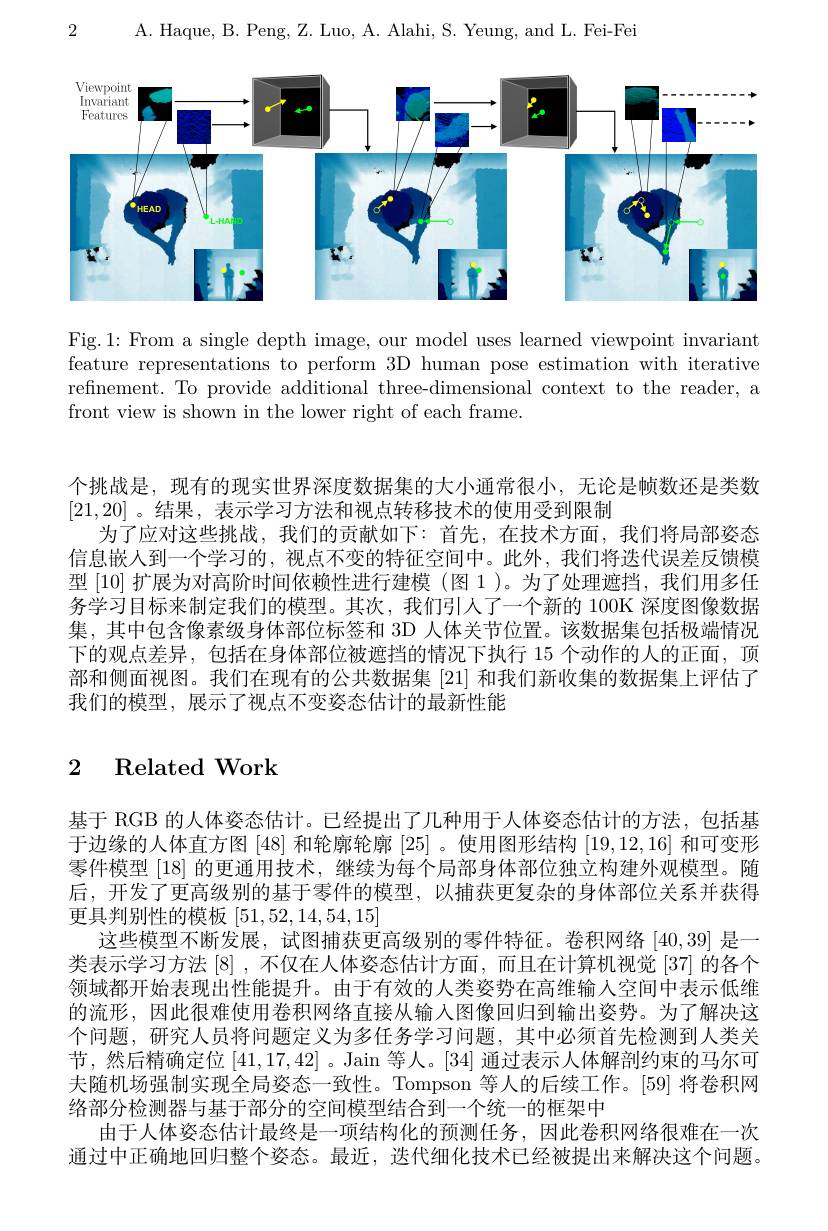
2 A. Haque, B. Peng, Z. Luo. A. Alahi. S. Yeung, and L. Fei-Fe

<FigureHere>

Fig.1: From a single depth image, our model uses learned viewpoint invariant feature representations to perform 3D human pose estimation with iterative refinement. To provide additional three-dimensional context to the reader, a front view is shown in the lower right of each frame.

个挑战是，现有的现实世界深度数据集的大小通常很小，无论是帧数还是类数
[21,20] 。结果 ,表示学习方法和视点转移技术的使用受到限制
为了应对这些挑战，我们的贡献如下：首先，在技术方面，我们将局部姿态信息嵌人到一个学习的，视点不变的特征空间中。此外，我们将迭代误差反馈模型[10]扩展为对高阶时间依赖性进行建模 (图 1)。为了处理遮挡，我们用多任务学习目标来制定我们的模型。其次，我们引人了一个新的 100K 深度图像数据集，其中包含像素级身体部位标签和 3D 人体关节位置。该数据集包括极端情况下的观点差异，包括在身体部位被遮挡的情况下执行 15 个动作的人的正面，顶部和侧面视图。我们在现有的公共数据集[21] 和我们新收集的数据集上评估了我们的模型，展示了视点不变姿态估计的最新性能

## 2 Related Work

基于 RGB 的人体姿态估计。已经提出了几种用于人体姿态估计的方法，包括基于边缘的人体直方图 [48] 和轮廓轮廓 [25] 。使用图形结构 [19,12,16] 和可变形零件模型 [18] 的更通用技术，继续为每个局部身体部位独立构建外观模型。随后，开发了更高级别的基于零件的模型，以捕获更复杂的身体部位关系并获得更具判别性的模板[51,52,14,54,15]
这些模型不断发展，试图捕获更高级别的零件特征。卷积网络[40,39] 是一类表示学习方法[8] ,不仅在人体姿态估计方面，而且在计算机视觉 [37] 的各个领域都开始表现出性能提升。由于有效的人类姿势在高维输入空间中表示低维的流形，因此很难使用卷积网络直接从输入图像回归到输出姿势。为了解决这个问题，研究人员将问题定义为多任务学习问题，其中必须首先检测到人类关节，然后精确定位[41,17,42] 。Jain 等人。[34] 通过表示人体解剖约束的马尔可夫随机场强制实现全局姿态一致性。Tompson 等人的后续工作。[59] 将卷积网络部分检测器与基于部分的空间模型结合到一个统一的框架中
由于人体姿态估计最终是一项结构化的预测任务，因此卷积网络很难在一次通过中正确地回归整个姿态。最近，迭代细化技术已经被提出来解决这个问题。